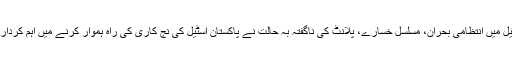
پاکستان اسٹیل میں انتظامی بحران، مسلسل خسارے، پلانٹ کی ناگفتہ بہ حالت نے پاکستان اسٹیل کی نج کاری کی راہ ہموار کرنے میں اہم کردار ادا کیا ہے۔